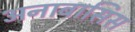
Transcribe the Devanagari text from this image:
अनाबासिस